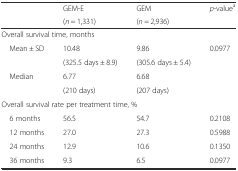
<table><thead><tr><td rowspan="2"></td><td><b>GEM-E</b></td><td><b>GEM</b></td><td><b><i>p</i>-value<sup>a</sup></b></td></tr><tr><td><b>(<i>n</i> = 1,331)</b></td><td><b>(<i>n</i> = 2,936)</b></td><td></td></tr></thead><tbody><tr><td colspan="4">Overall survival time, months</td></tr><tr><td rowspan="2"> Mean ± SD</td><td>10.48</td><td>9.86</td><td rowspan="2">0.0977</td></tr><tr><td>(325.5 days ± 8.9)</td><td>(305.6 days ± 5.4)</td></tr><tr><td rowspan="2"> Median</td><td>6.77</td><td>6.68</td><td rowspan="2"></td></tr><tr><td>(210 days)</td><td>(207 days)</td></tr><tr><td colspan="4">Overall survival rate per treatment time, %</td></tr><tr><td> 6 months</td><td>56.5</td><td>54.7</td><td>0.2108</td></tr><tr><td> 12 months</td><td>27.0</td><td>27.3</td><td>0.5988</td></tr><tr><td> 24 months</td><td>12.9</td><td>10.6</td><td>0.1350</td></tr><tr><td> 36 months</td><td>9.3</td><td>6.5</td><td>0.0977</td></tr></tbody></table>